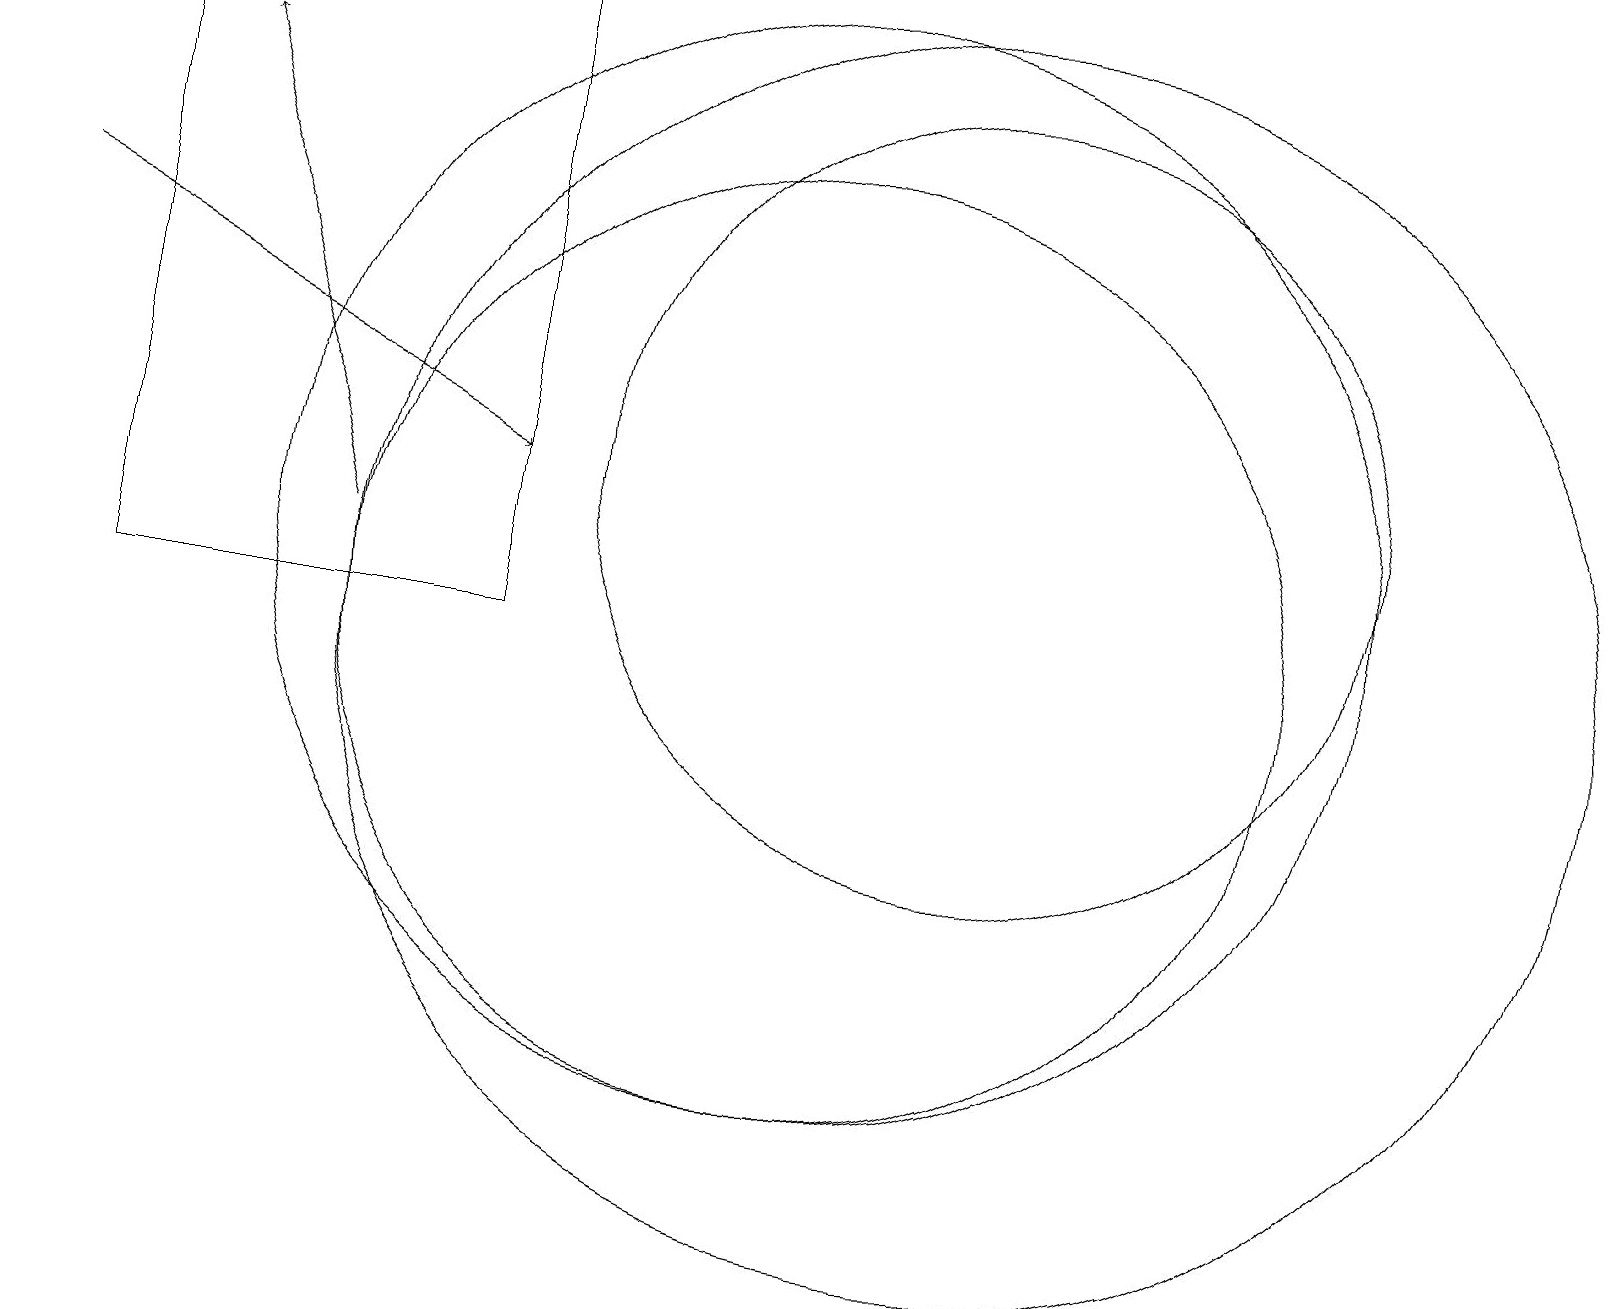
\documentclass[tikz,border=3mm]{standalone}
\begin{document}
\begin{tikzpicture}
\draw (12,12) circle (5);
\draw (10,10) circle (6);
\draw[->] (4,11) -- (2,17);
\draw (12,10) circle (8);
\draw (10,11) circle (7);
\draw (6,18) rectangle (1,10);
\draw[->] (0,15) -- (6,12);
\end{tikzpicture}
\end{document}